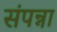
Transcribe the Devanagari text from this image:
संपन्ना